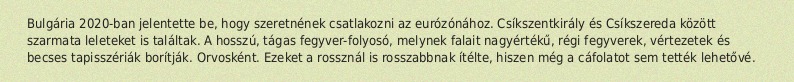
Bulgária 2020-ban jelentette be, hogy szeretnének csatlakozni az eurózónához. Csíkszentkirály és Csíkszereda között szarmata leleteket is találtak. A hosszú, tágas fegyver-folyosó, melynek falait nagyértékű, régi fegyverek, vértezetek és becses tapisszériák borítják. Orvosként. Ezeket a rossznál is rosszabbnak ítélte, hiszen még a cáfolatot sem tették lehetővé.